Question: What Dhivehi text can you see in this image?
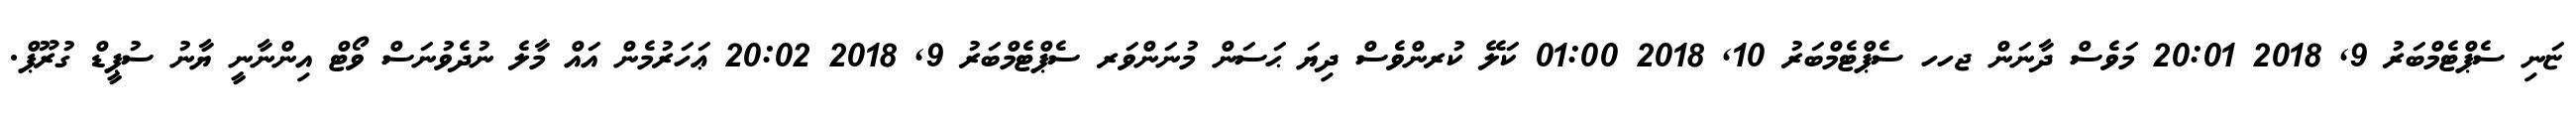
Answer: ޏަނި ސެޕްޓެމްބަރު 9, 2018 20:01 މަވެސް ދާނަން ޖހހ ސެޕްޓެމްބަރު 10, 2018 01:00 ކަލޭ ކުރންވެސް ދިޔަ ޙަސަން މުނަންވަރ ސެޕްޓެމްބަރު 9, 2018 20:02 ޢަހަރުމެން އައް މާލެ ނުދެވުނަސް ވޯޓް އިންނާނީ ޔާނު ސުޕީޑް ގުރޫޕް.